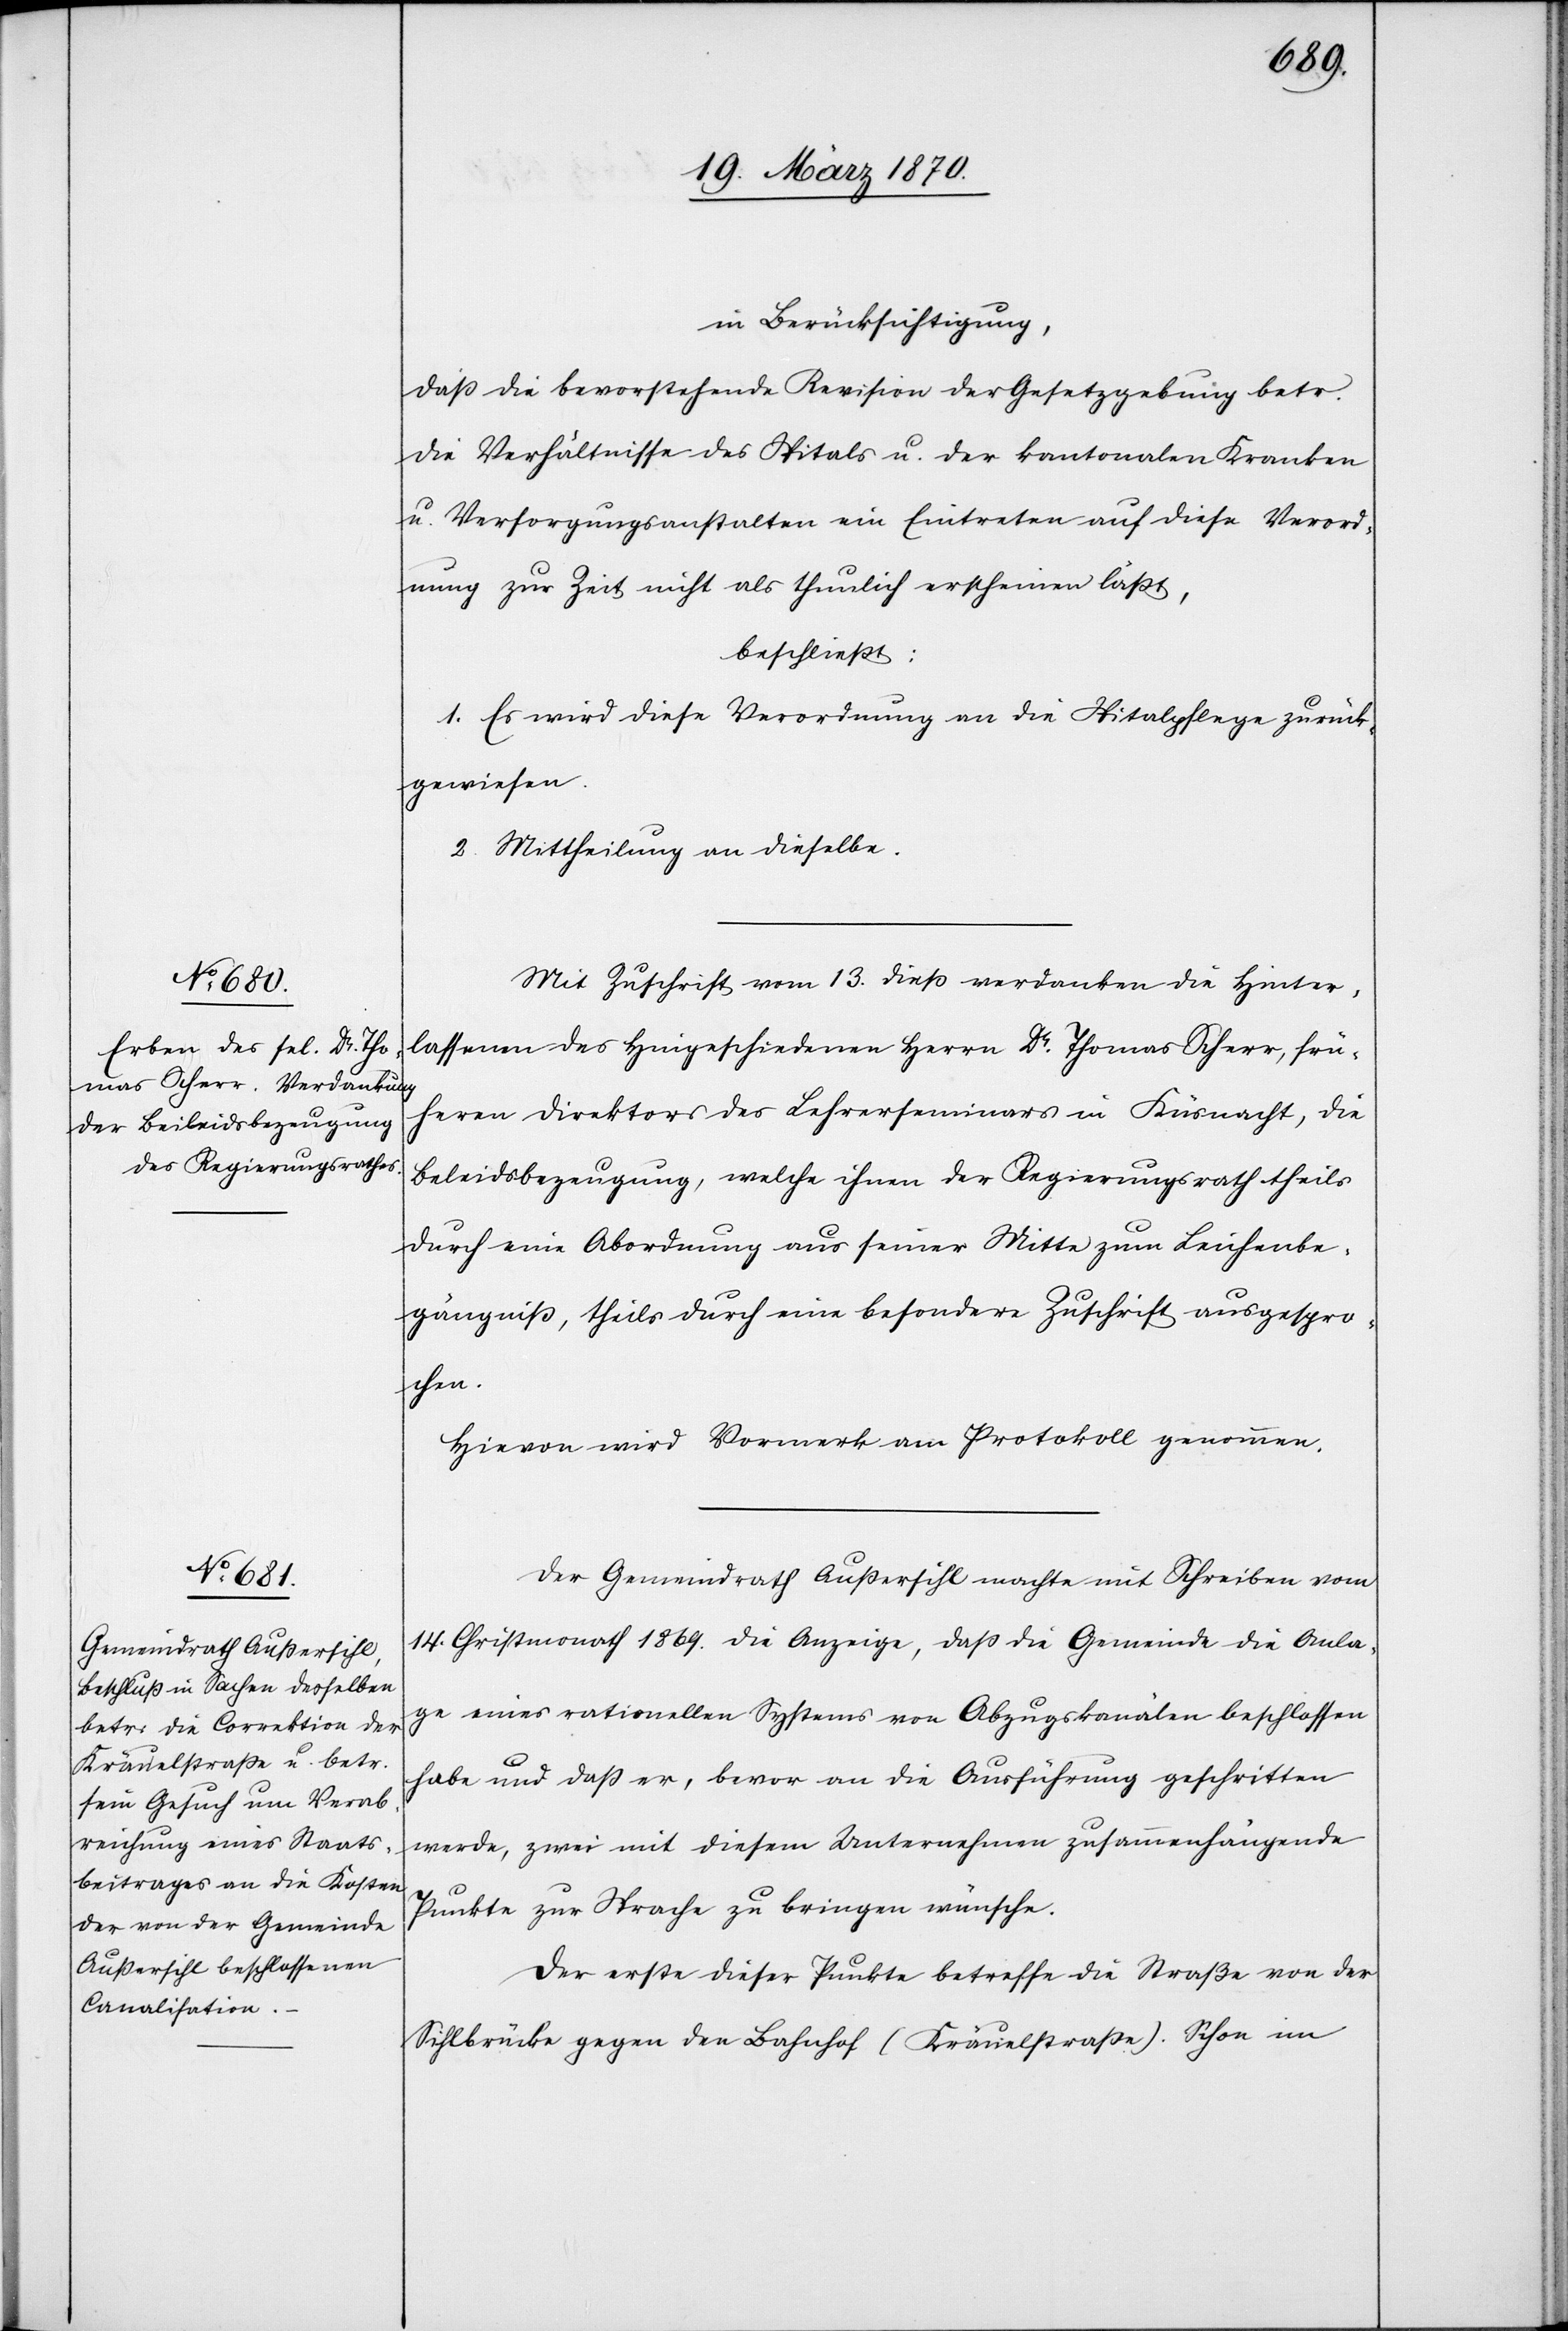
in Berücksichtigung
daß die bevorstehende Revision der Gesetzgebung betr.
die Verhältnisse des Spitals u. der kantonalen Kranken[-]
u. Versorgungsanstalten ein Eintreten auf diese Verord¬
nung zur Zeit nicht als thunlich erscheinen läßt,
beschließt:
1. Es wird diese Verordnung an die Spitalpflege zurück¬
gewiesen.
2. Mittheilung an dieselbe.
Mit Zuschrift vom 13. dieß verdanken die Hinter¬
lassenen des Hingeschiedenen Herrn Dr. Thomas Scherr, frü¬
heren Direktors des Lehrerseminars in Küsnacht, die
Be[i]leidsbezeugung, welche ihnen der Regierungsrath theils
durch eine Abordnung aus seiner Mitte zum Leichenbe¬
gängniß, theils durch eine besondere Zuschrift ausgespro¬
chen.
Hievon wird Vormerk am Protokoll genommen.
Der Gemeindrath Außersihl machte mit Schreiben vom
14. Christmonath 1869. die Anzeige, daß die Gemeinde die Anla¬
ge eines rationellen Systems von Abzugskanälen beschlossen
habe und daß er, bevor an die Ausführung geschritten
werde, zwei mit diesem Unternehmen zusammenhängende
Punkte zur Sprache zu bringen wünsche.
Der erste dieser Punkte betreffe die Straße von der
Sihlbrücke gegen den Bahnhof (Kräuelstraße). Schon im